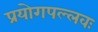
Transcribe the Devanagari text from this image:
प्रयोगपल्लवः